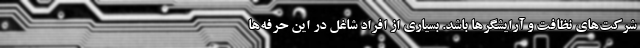
شرکت‌های نظافت و آرایشگرها باشد. بسیاری از افراد شاغل در این حرفه‌ها